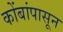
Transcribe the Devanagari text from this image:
कोंबांपासून